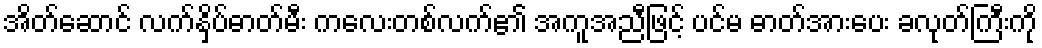
အိတ်ဆောင် လက်နှိပ်ဓာတ်မီး ကလေးတစ်လက်၏ အကူအညီဖြင့် ပင်မ ဓာတ်အားပေး ခလုတ်ကြီးကို